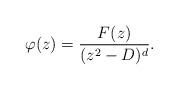
LaTeX: \begin{align*} \varphi(z)=\frac{F(z)}{(z^2-D)^d}.\end{align*}